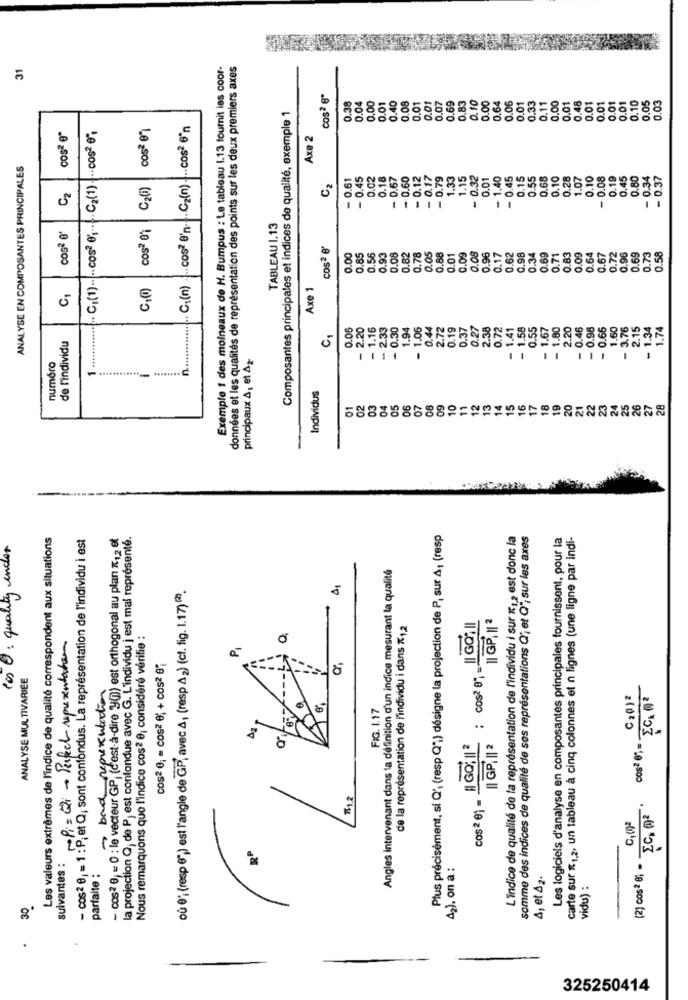
31
Exemple 1 des moineaux de H. Bumpus : Le tableau 1.13 fournit les coor-
données et les qualités de représentation des points sur les deux premiers axes
cos2 6"
0.08
.83
0.10
0.00
0.00
0.48
0.10
0.05
0.03
Composantes principales et indices de qualité, exemple 1
0.38
0.04
0.00
0.01
0.40
0.01
0.01
0.07
0.69
0.64
0.06
0.01
0.33
0.11
0.01
0.01
0.01
0.01
0.01
n .............. .. C.(n) ... cos e'n .. . Cz(n) . .. cos2 6'n
cos2 e"
CI(1) .. .. cos2 0; .... C2(1) -.- cos2 6"
Axe 2
5
ANALYSE EN COMPOSANTES PRINCIPALES
- 0.61
- 0.45
0.02
0.18
- 0.67
- 0.60
- 0.12
- 0.17
- 0.79
1.33
1.15
0.32
0.01
- 1.40
- 0.45
0.15
0.55
0.68
0.10
0.28
1.07
0.10
- 0.08
0.19
0.45
0.80
- 0.34
- 0.37
C2(i)
C2
cos2 01
TABLEAU 1.13
cosª e'
cosa e"
0.56
0.05
0.88
0.73
0.00
0.85
0.93
0.08
0.82
0.78
0.01
0.09
0.08
0.96
0.17
0.62
0.98
0.34
0.69
0.71
0.83
0.09
0.64
0.67
0.72
0.96
0.69
0.58
Axe 1
0.06
- 2.20
- 1.16
- 2.33
- 0.30
1.94
- 1.06
0.44
2.72
0.19
0.37
0.27
2.38
0.72
- 1.41
- 1.58
0.55
- 1.67
- 1.80
2.20
- 0.46
- 0.98
- 0.66
1.60
- 3.76
2.15
- 1.34
1.74
C1
de l'individu
principaux &, el Az-
numéro
Individus
05
06
07
08
09
10
11
12
13
14
15
16
17
18
19
20
21
22
23
24
Les valeurs extrêmes de l'indice de qualité correspondent aux situations
- cos2 01 = 1 : P, et Q; sont confondus. L'a représentation de l'individu i est
- cos2 0) = 0 : le vecteur GP) (c'est-à-dire y(n) est orthogonal au plan "12 et
la projection Q, de P, est confondue avec G. L'individu j est mal représenté.
Plus précisément, si Q', (resp Q';) désigne la projection de P, sur A, (resp
L'indice de qualité de la représentation de l'individu i sur K1 2 est donc la
somme des indices de qualité de ses représentations Q'; et Q", sur les axes
Les logiciels d'analyse en composantes principales fournissent, pour la
carte sur "1.2, un tableau à cinq colonnes et n lignes (une ligne par indi-
los : quality ender
Angles intervenant dans la définition d'un indice mesurant la qualité
où 0; (resp 8) est l'angle de GP, avec A, (resp A2) (cf. fig. 1.17)(4)
: cos? e; . Il GO,Il
II GP. M2
de la représentation de l'individu i dans "12
Nous remarquons que l'indice cos2 0, considéré vérifie :
roPi= Qi - Perfect representation
P
cos2 0; = cos2 8; + cos2 8;
ANALYSE MULTIVARIÉE
- band representation
C20)2
FIG. 1.17
# Go;II
11,2
EC, )2
cos2 01
C,()2
suivantes :
parfaite :
42). on a :
(2) cos2 6; -
4, et 42.
vidu) :
.
325250414